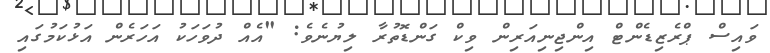
ވައިސް ޕްރެޒިޑެންޓް އިންޖިނިއަރިން ވިކް ގަންޑޮތުރާ ލިޔުނެވެ: "އެއް ދުވަހަކު އަހަރެން އަޅުކަމުގައި